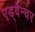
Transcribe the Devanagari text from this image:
एड्वेन्चर